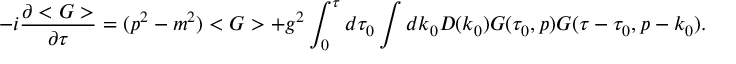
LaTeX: - i \frac { \partial < G > } { \partial \tau } = ( p ^ { 2 } - m ^ { 2 } ) < G > + g ^ { 2 } \int _ { 0 } ^ { \tau } d \tau _ { 0 } \int d k _ { 0 } D ( k _ { 0 } ) G ( \tau _ { 0 } , p ) G ( \tau - \tau _ { 0 } , p - k _ { 0 } ) .